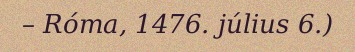
– Róma, 1476. július 6.)